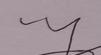
Signature authenticity: forged